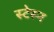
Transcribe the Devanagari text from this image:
स्टेस्न